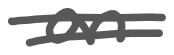
Text: an
Cross-out: double-line
Writing tool: digital_gray